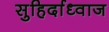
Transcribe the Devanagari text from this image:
सुहिर्दाध्वाज